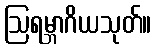
ဩရမ္ဘာဂိယသုတ်။